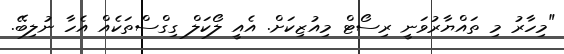
"މިހާރު މި ތައްޔާރުވަނީ ރިސޯޓް މިއުޒިކަށް. އެއީ ލޯކަލް ގިގްސްތަކެއް އެހާ ނުލިބޭ.